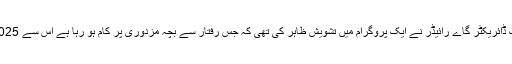
گزشتہ سال انٹرنیشنل لیبر آرگنائزیشن کے مینیجنگ ڈائریکٹر گاے رائیڈر نے ایک پروگرام میں تشویش ظاہر کی تھی کہ جس رفتار سے بچہ مزدوری پر کام ہو رہا ہے اس سے 2025 میں بھی 12 کروڑ بال مزدور بچے رہیں گے ۔